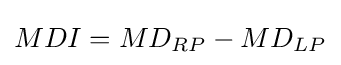
MDI=MD_{RP}-MD_{LP}